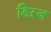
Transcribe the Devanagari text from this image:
डिऱज